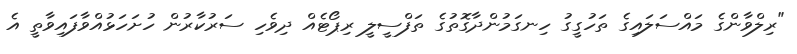
"ރިލްވާންގެ މައްސަލައިގެ ތަހުގީގު ހިނގަމުންދާގޮތުގެ ތަފްސީލީ ރިޕޯޓެއް ދިވެހި ސަރުކާރުން ހުށަހަޅުއްވާފައިވާތީ އެ